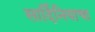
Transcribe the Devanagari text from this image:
सार्दिनियाचा